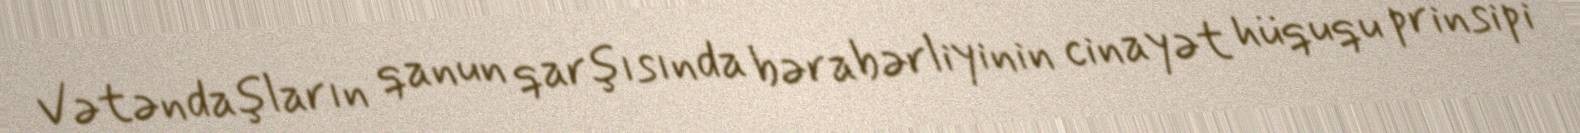
Vətəndaşların qanun qarşısında bərabərliyinin cinayət hüququ prinsipi